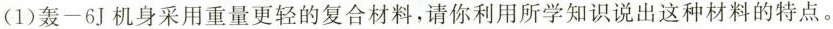
(1)轰-6J机身采用重量更轻的复合材料，请你利用所学知识说出这种材料的特点。